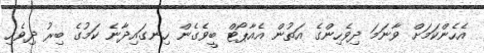
އެހެންކަމަށް ވާނަމަ ދިވެހިންގެ އަތުން އެއާޕޯޓް ބީވެގެން ހިނގައިދާނެ ކަމުގެ ބިރު ދިވެހި